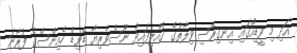
އަދި މި ވީޑިއޯގައި އިނގިރޭސި ވިލާތުގެ ގެއްލިފައިވާ ނޫސްވެރިޔާ ޑޭވިޑް ހެއިންސްގެ ފުރާނަ